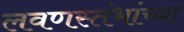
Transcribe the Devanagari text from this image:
लवणस्तंभांच्या